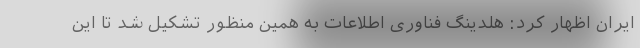
ایران اظهار کرد: هلدینگ فناوری اطلاعات به همین منظور تشکیل شد تا این